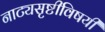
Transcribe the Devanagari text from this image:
नाट्यसृष्टीविषयी